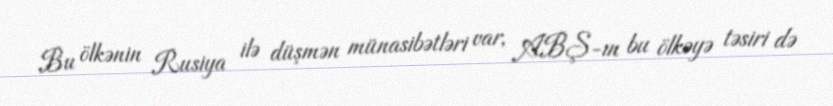
Bu ölkənin Rusiya ilə düşmən münasibətləri var, ABŞ-ın bu ölkəyə təsiri də